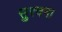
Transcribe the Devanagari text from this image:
सुरचना